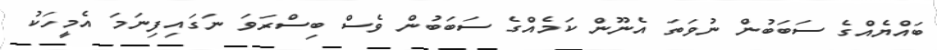
ބައްޔެއްގެ ސަބަބުން ނުވަތަ އެނޫން ކަމެއްގެ ސަބަބުން ވެސް ބިސްރަވަ ނަގައިފިނަމަ އެމީހަކު